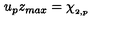
u _ { p } z _ { m a x } = \chi _ { _ { 2 , p } }